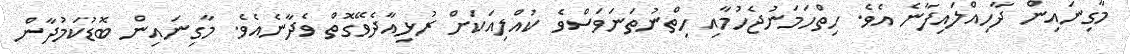
މާގިނައިން ދާހިއްލައިފާނެ އެވެ. ހިތްހަމަނުޖެހުމާއި ހިތްނުތަނަވަސްވެ ކުއްލިއަކަށް ރުޅިއާދެވޭގޮތް ވެދާނެއެވެ. މާގިނައިން ބޮޑުކަމުދާން